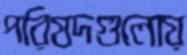
পরিষদগুলোয়